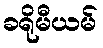
ခရိုမီယမ်